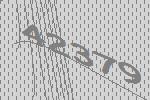
42379